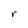
Character: r